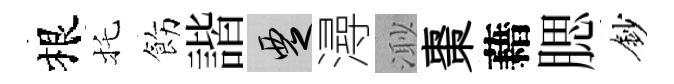
根托飭諧覂潯𣺌棗藉腮鈔